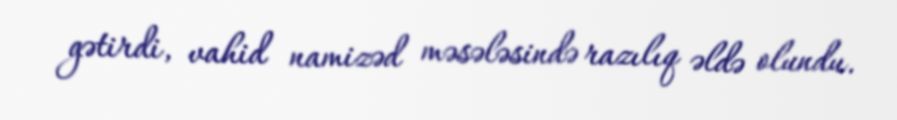
gətirdi, vahid namizəd məsələsində razılıq əldə olundu.